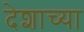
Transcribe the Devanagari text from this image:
देशाच्‍या